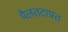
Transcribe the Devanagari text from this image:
पैलतटाप्रत